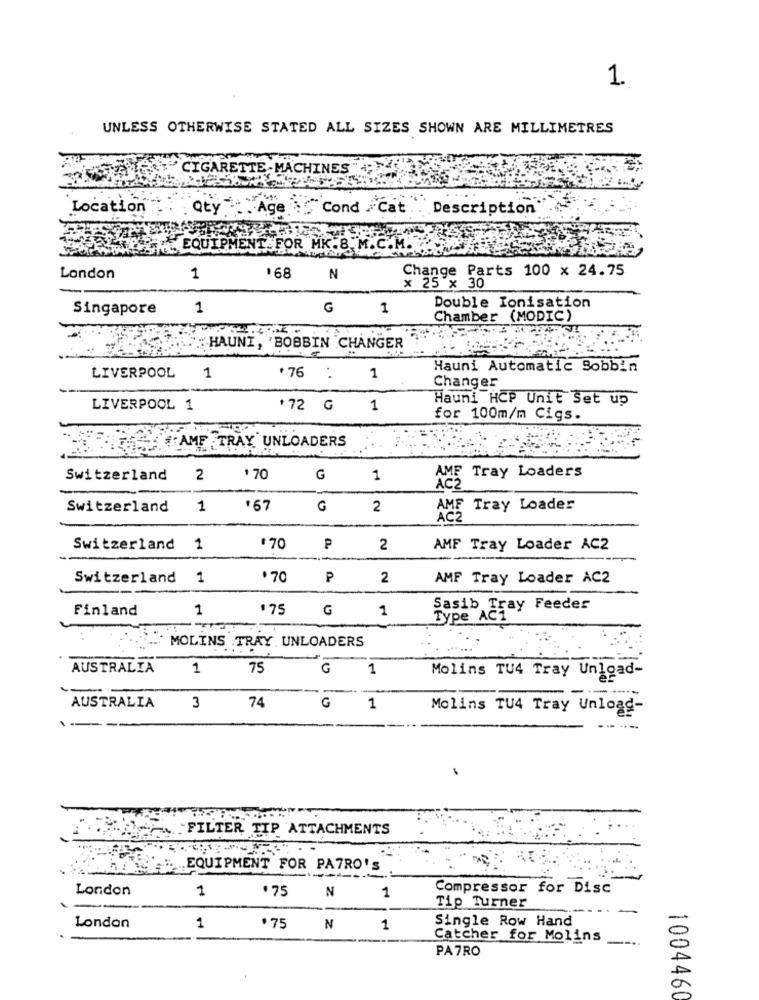
1.
UNLESS OTHERWISE STATED ALL SIZES SHOWN ARE MILLIMETRES
CIGARETTE-MACHINES
Location
Qty
Cond Cat " Description
EQUIF
MEN
FOR MK.8.M.C.M.
Change Parts 100 x 24.75
London
1
'68
N
x 25 x 30
Singapore
1
G
1
Double Ionisation
Chamber (MODIC)
HAUNI, 'BOBBIN CHANGER
Hauni Automatic Bobbin
LIVERPOOL 1
'76 : 1
Changer
Hauni HCP Unit Set up
LIVERPOOL 1
172 G 1
for 100m/m Cigs.
AMF TRAY UNLOADERS
AMF Tray Loaders
Switzerland
2
+ 70
G
1
AC2
Switzerland
1
G
2
AMF Tray Loader
AC2
Switzerland 1
70
P
2
AMF Tray Loader AC2
Switzerland 1
.70
P
2
AMF Tray Loader AC2
Finland
1
175
G
1
Sasib Tray Feeder
Type AC1
MOLINS TRAY, UNLOADERS
AUSTRALIA
1
75
G
1
Molins TU4 Tray Unload-
-
--
74
AUSTRALIA
3
G
1
Molins TU4 Tray Unload-
FILTER TIP ATTACHMENTS
.EQUIPMENT FOR PATRO'S
London
1
.75
N
Compressor for Disc
1
Tip Turner
Single Row Hand
London
1
.75
N
1
Catcher for Molins
PATRO
1004460